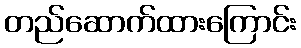
တည်ဆောက်ထားကြောင်း